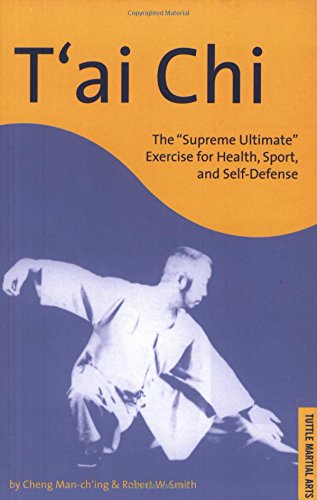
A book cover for T'ai Chi: The "Supreme Ultimate" Exercise for Health, Sport, and Self-Defense; Cheng Man-Ch'ing; Health, Fitness & Dieting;